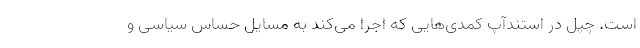
است. چپل در استندآپ کمدی‌هایی که اجرا می‌کند به مسایل حساس سیاسی و